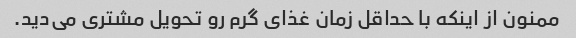
ممنون از اینکه با حداقل زمان غذای گرم رو تحویل مشتری می‌دید.